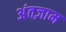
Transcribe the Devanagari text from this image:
अंतज़ाम